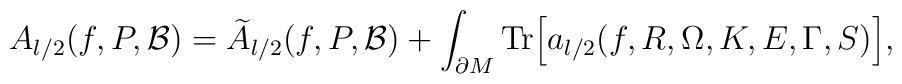
A_{l/2}(f,P,{\cal B})={\widetilde A}_{l/2}(f,P,{\cal B})+\int_{\partial M}{\rm {Tr}}\Bigr[a_{l/2}(f,R,\Omega,K,E,\Gamma,S)\Bigr],